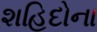
શહિદોના